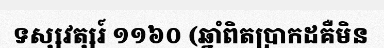
ទស្សវត្សរ៍ ១១៦០ (ឆ្នាំពិតប្រាកដគឺមិន